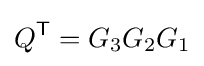
Q^{\textsf {T}}=G_{3}G_{2}G_{1}